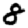
Digit: 8